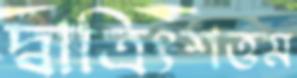
দ্বাত্রিংশত্তম